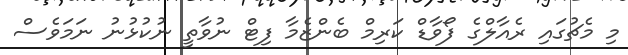
މި މެޗުގައި ރެއާލްގެ ފޯވާޑް ކަރިމް ބެންޒެމާ ފިޓް ނުވާތީ ނުކުޅުނު ނަމަވެސް